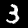
Digit: 3